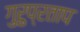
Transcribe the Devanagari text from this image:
गुरुप्रताप